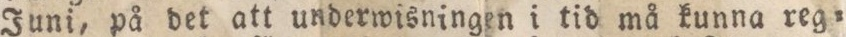
Juni, på det att underwisningen i tid må kunna reg=